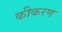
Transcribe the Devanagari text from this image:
कीकरण